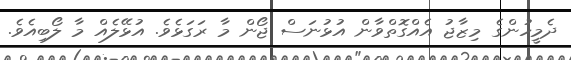
ދެމީހުންގެ މިޒާޖު އެއްގޮތްވާން އުޅުނަސް ޖޯން މާ ރަގަޅެވެ. އުޅޭލެއް މާ ލޯބިއެވެ.